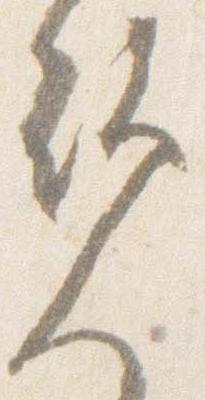
覧